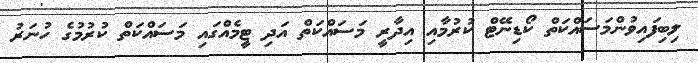
ލިބިފައިވުންމަސައްކަތް ކޯޑިނޭޓް ކުރުމާއި އިދާރީ މަސައްކަތް އަދި ޓީމެއްގައި މަސައްކަތް ކުރުމުގެ ހުނަރު